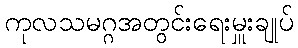
ကုလသမဂ္ဂအတွင်းရေးမှူးချုပ်